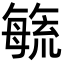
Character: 𭯉